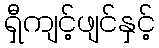
ရှီကျင့်ဖျင်နှင့်